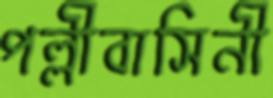
পল্লীবাসিনী